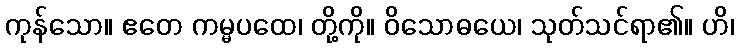
ကုန်သော။ ဧတေ ကမ္မပထေ၊ တို့ကို။ ဝိသောဓယေ၊ သုတ်သင်ရာ၏။ ဟိ၊